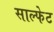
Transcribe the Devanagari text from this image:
साल्फेट